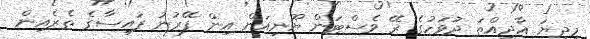
މިދިޔަ އާދީއްތަ ދުވަހުގެ ރޭ ވެސްޓަން ޔޫނިއަން އިން ފޭރުނު ފައިސާގެ ތެރެއިން